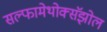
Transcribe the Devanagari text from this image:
सल्फामेथोक्सॅझोल